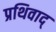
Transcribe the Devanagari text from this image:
प्रथिवाद्